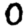
Digit: 0